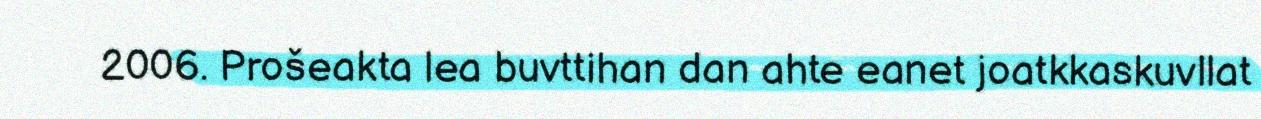
2006. Prošeakta lea buvttihan dan ahte eanet joatkkaskuvllat